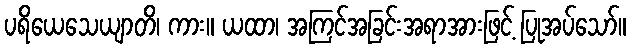
ပရိယေသေယျာတိ၊ ကား။ ယထာ၊ အကြင်အခြင်းအရာအားဖြင့် ပြုအပ်သော်။